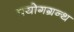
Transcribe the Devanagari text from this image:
प्रयोगग्रन्थ